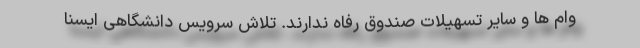
وام ها و سایر تسهیلات صندوق رفاه ندارند. تلاش سرویس دانشگاهی ایسنا